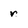
Character: r